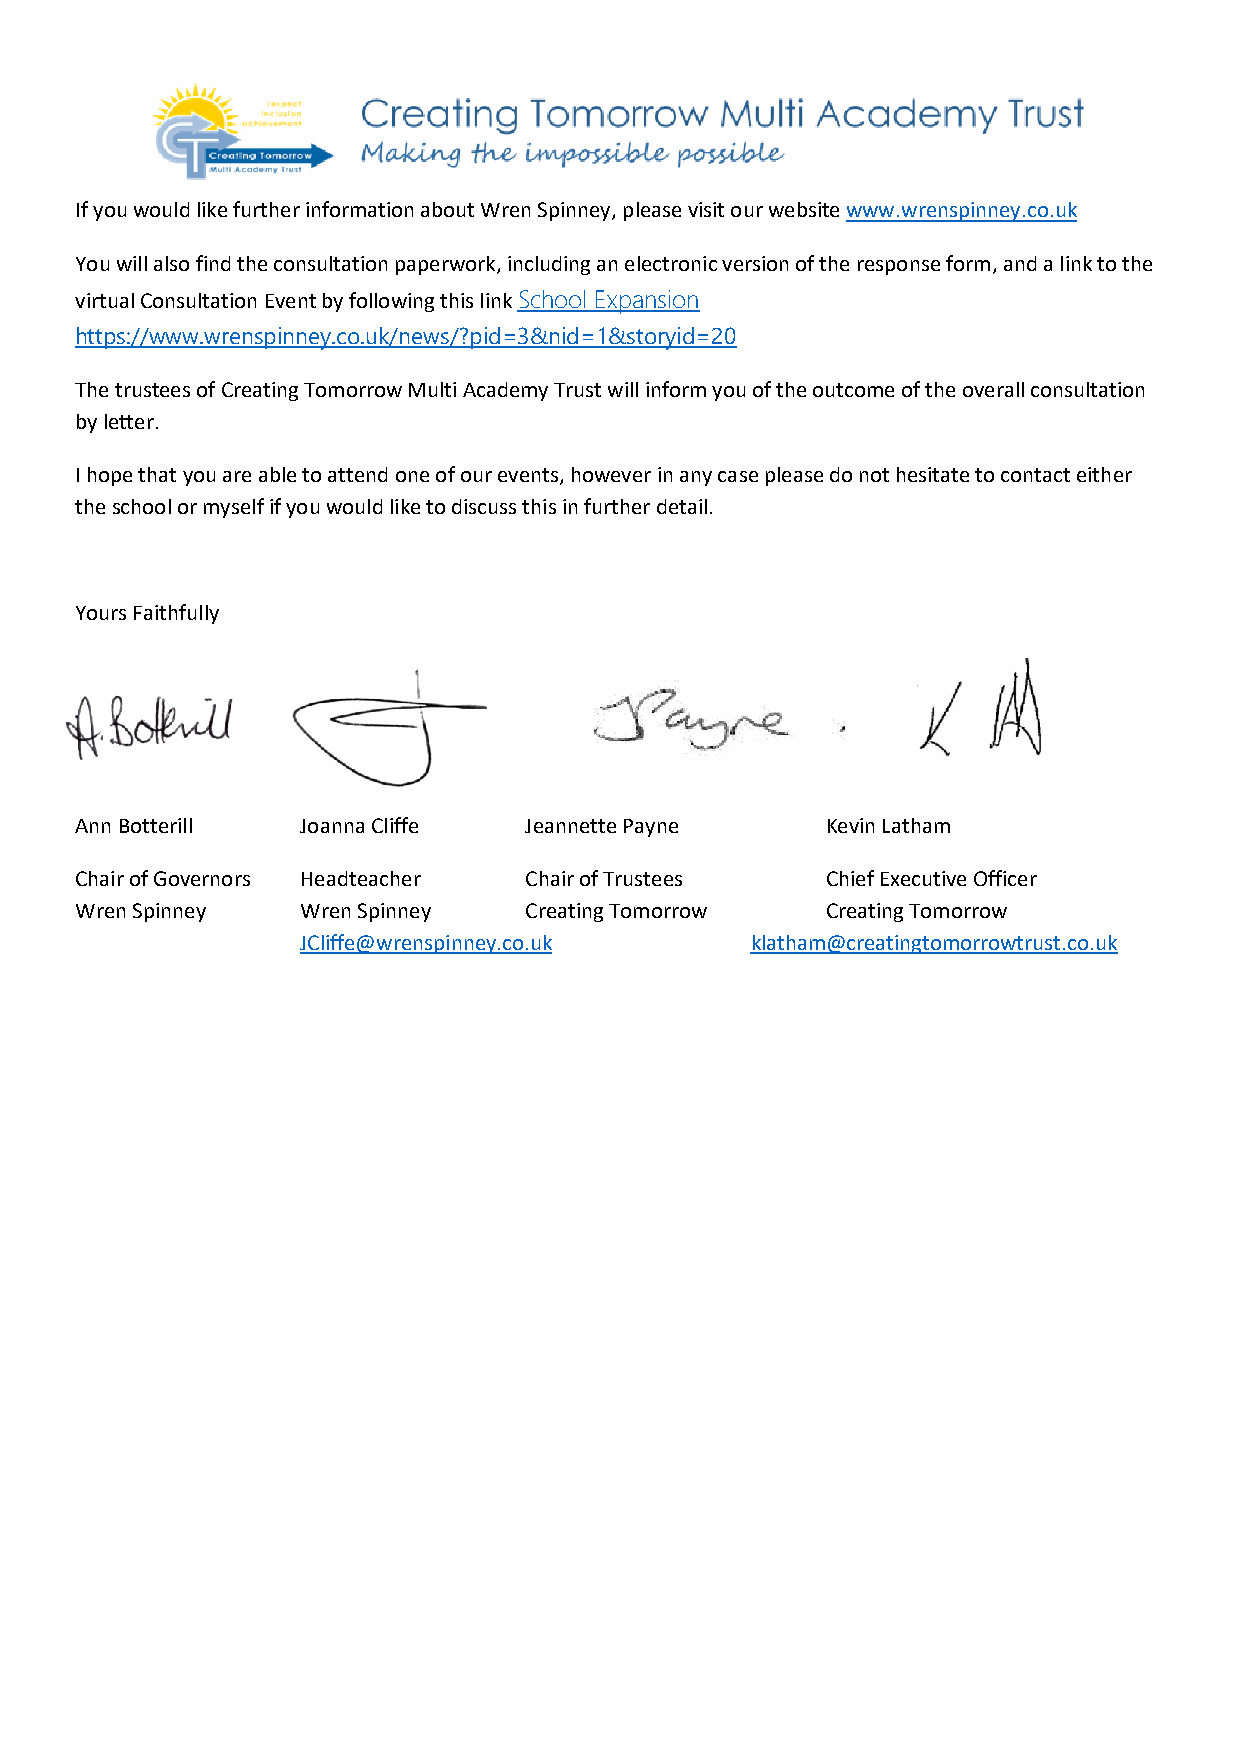
If you would like further information about Wren Spinney, please visit our website www.wrenspinney.co.uk
 You will also find the consultation paperwork, including an electronic version of the response form, and a link to the
 virtual Consultation Event by following this link School Expansion
 https://www.wrenspinney.co.uk/news/?pid=3&nid=1&storyid=20
 The trustees of Creating Tomorrow Multi Academy Trust will inform you of the outcome of the overall consultation
 by letter.
 I hope that you are able to attend one of our events, however in any case please do not hesitate to contact either
 the school or myself if you would like to discuss this in further detail.
 Yours Faithfully
 Ann Botterill  Joanna Cliffe  Jeannette Payne     Kevin Latham
 Chair of Governors Headteacher Chair of Trustees  Chief Executive Officer
 Wren Spinney   Wren Spinney   Creating Tomorrow   Creating Tomorrow
 JCliffe@wrenspinney.co.uk     klatham@creatingtomorrowtrust.co.uk